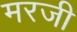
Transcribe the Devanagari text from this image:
मरजी